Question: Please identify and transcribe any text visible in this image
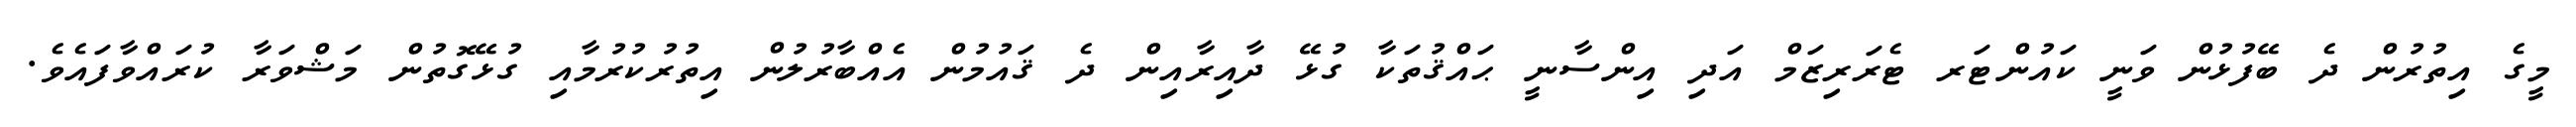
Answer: މީގެ އިތުރުން ދެ ބޭފުޅުން ވަނީ ކައުންޓަރ ޓެރަރިޒަމް އަދި އިންސާނީ ޙައްޤުތަކާ ގުޅޭ ދާއިރާއިން ދެ ޤައުމުން އެއްބާރުލުން އިތުރުކުރުމާއި ގުޅޭގޮތުން މަޝްވަރާ ކުރައްވާފައެވެ.